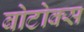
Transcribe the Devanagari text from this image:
बोटोक्स